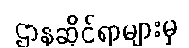
ဌာနဆိုင်ရာများမှ